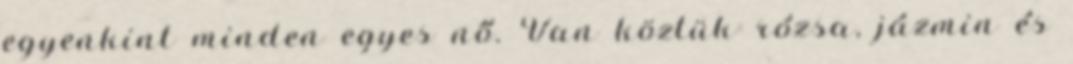
egyenkint minden egyes nő. Van köztük rózsa, jázmin és